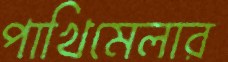
পাখিমেলার